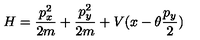
H = \frac { p _ { x } ^ { 2 } } { 2 m } + \frac { p _ { y } ^ { 2 } } { 2 m } + V ( x - \theta \frac { p _ { y } } { 2 } )